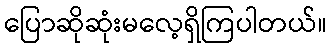
ပြောဆိုဆုံးမလေ့ရှိကြပါတယ်။